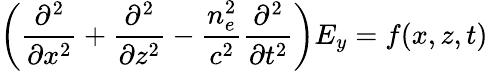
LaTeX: \left(\frac{\partial^{2}}{\partial x^{2}}+\frac{\partial^{2}}{\partial z^{2}}-\frac{n_{e}^{2}}{c^{2}}\frac{\partial^{2}}{\partial t^{2}}\right)E_{y}=f(x,z,t)